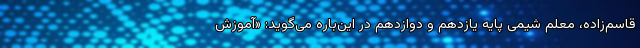
قاسم‌زاده، معلم شیمی پایه یازدهم و دوازدهم در این‌باره می‌گوید: «آموزش